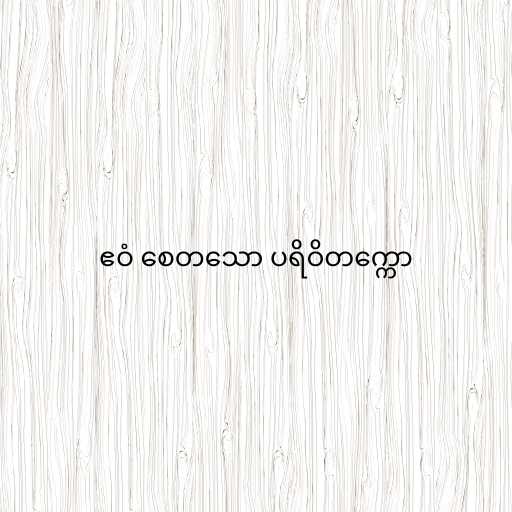
ဧဝံ စေတသော ပရိဝိတက္ကော